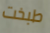
طبخت